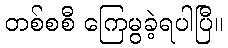
တစ်စစီ ကြေမွခဲ့ရပါပြီ။